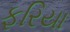
ફરિયા